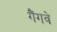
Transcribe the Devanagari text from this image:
गैंगवे